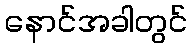
နောင်အခါတွင်